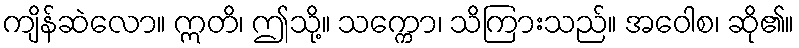
ကျိန်ဆဲလော။ ဣတိ၊ ဤသို့။ သက္ကော၊ သိကြားသည်။ အဝေါစ၊ ဆို၏။